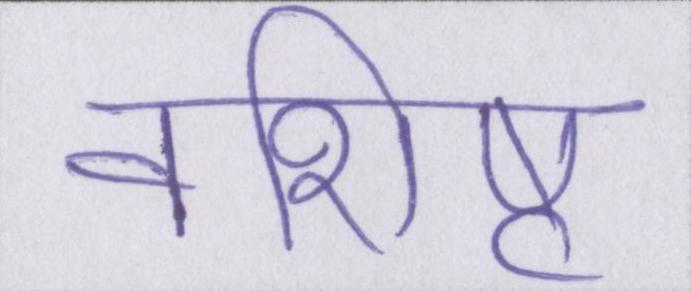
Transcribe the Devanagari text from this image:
वशिष्ट